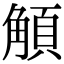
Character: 𩓅